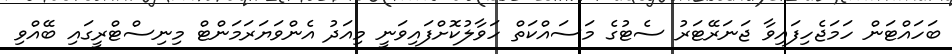
ބަހައްޓަން ހަމަޖެހިފައިވާ ޖަނަރޭޓަރު ސެޓުގެ މަސައްކަތް ހަވާލުކޮށްފައިވަނީ މިއަދު އެންވަޔަރަމަންޓް މިނިސްޓްރީގައި ބޭއްވި